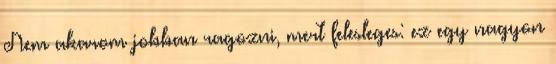
Nem akarom jobban ragozni, mert felesleges: ez egy nagyon